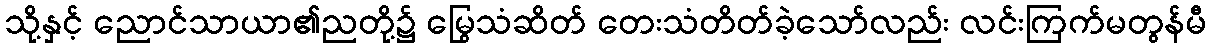
သို့နှင့် ညောင်သာယာ၏ညတို့၌ မြွေသံဆိတ် တေးသံတိတ်ခဲ့သော်လည်း လင်းကြက်မတွန်မီ